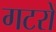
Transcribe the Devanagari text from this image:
गटरों